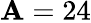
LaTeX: \mathbf{A}=24